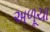
અળૂચા